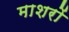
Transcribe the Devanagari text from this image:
माशरों